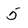
Character: 5